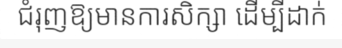
ជំរុញឱ្យមានការសិក្សា ដើម្បីដាក់